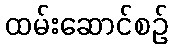
ထမ်းဆောင်စဉ်